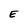
Character: E